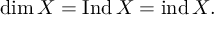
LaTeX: \dim X = \operatorname { I n d } X = \operatorname { i n d } X .